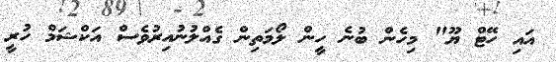
އައި ހޭޓް ޔޫ" މިހެން ބުނެ ހީން ލޯމަތިން ގެއްލުނުއިރުވެސް އަކްޝަމް ހުރީ